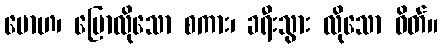
မောဟ၊ ပြောလိုသော စကား၊ ခရီးသွား လိုသော ဝိတ်။